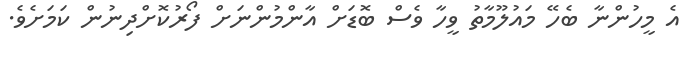
އެ މީހުންނާ ބެހޭ މައުލޫމާތު ވީހާ ވެސް ބޮޑަށް އާންމުންނަށް ފޯރުކޮށްދިނުން ކަމަށެވެ.